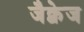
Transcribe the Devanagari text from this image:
जैक्वेज